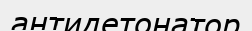
антидетонатор